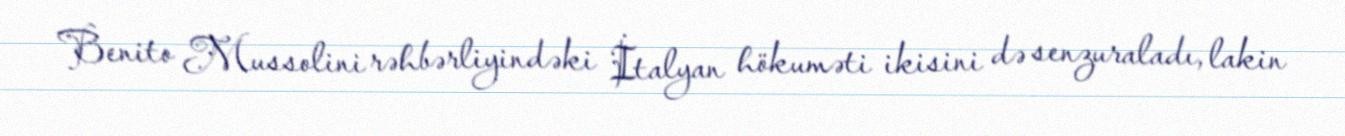
Benito Mussolini rəhbərliyindəki İtalyan hökuməti ikisini də senzuraladı, lakin